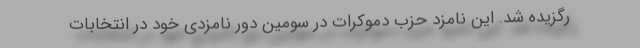
رگزیده شد. این نامزد حزب دموکرات در سومین دور نامزدی خود در انتخابات